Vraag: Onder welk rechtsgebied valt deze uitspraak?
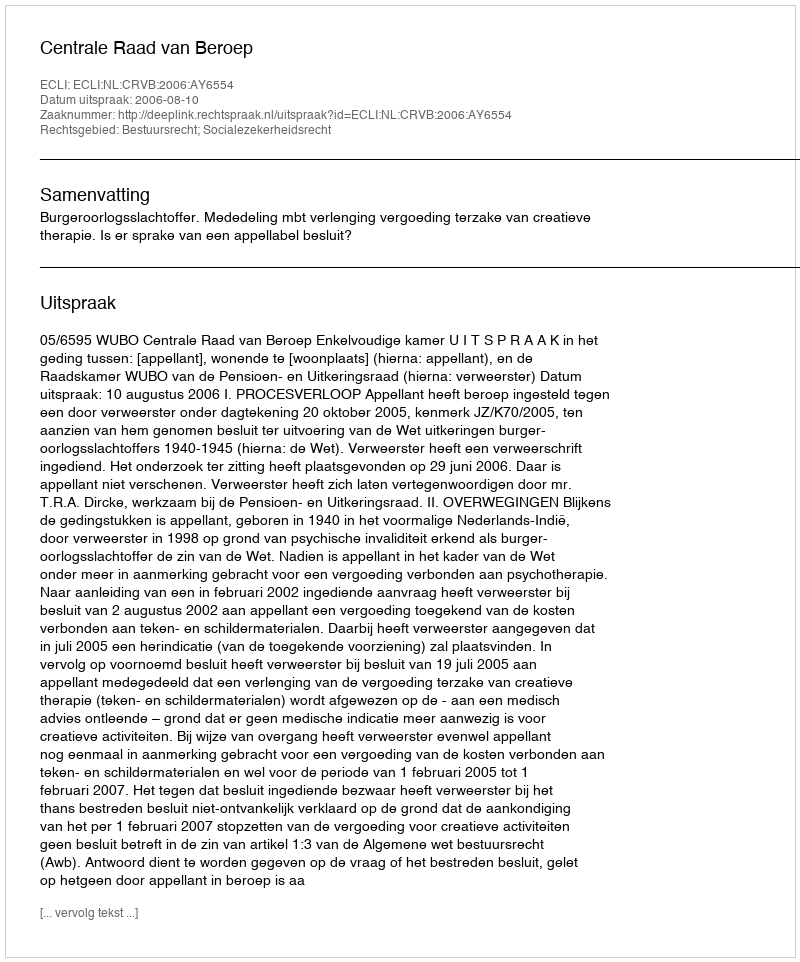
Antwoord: Bestuursrecht; Socialezekerheidsrecht